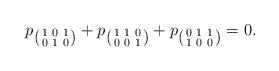
LaTeX: \begin{align*} p_{\left(\begin{smallmatrix}1&0&1\\0&1&0\end{smallmatrix}\right)} + p_{\left(\begin{smallmatrix}1&1&0\\0&0&1\end{smallmatrix}\right)} + p_{\left(\begin{smallmatrix}0&1&1\\1&0&0\end{smallmatrix}\right)}=0. \end{align*}